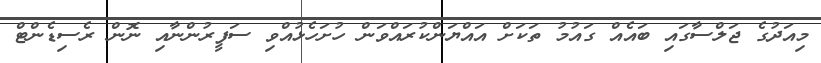
މިއަދުގެ ޖަލްސާގައި ބައެއް ގައުމު ތަކަށް އައްޔަންކުރައްވަން ހުށަހެޅުއްވި ސަފީރުންނާއި ނޮން ރެސިޑެންޓް